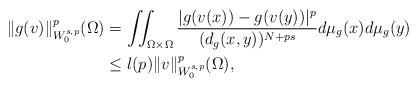
LaTeX: \begin{align*} \|g(v)\|^p_{W_0^{s,p}}(\Omega)&=\iint_{\Omega \times \Omega}\frac{|g(v(x))-g(v(y))|^{p}}{(d_g(x,y))^{N+ps}} d\mu _g(x)d\mu_g(y)\\ &\leq l(p)\|v\|^p_{W_{0}^{s,p}}(\Omega), \end{align*}